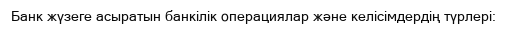
Банк жүзеге асыратын банкілік операциялар және келісімдердің түрлері: